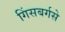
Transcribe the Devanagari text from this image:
गिंसबर्गसे